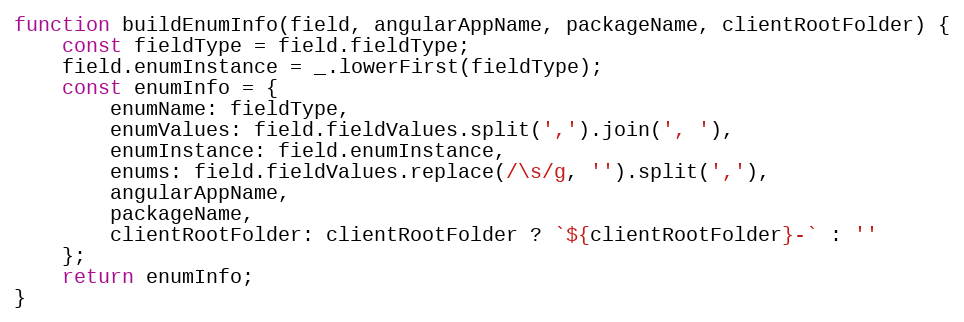
Language: JavaScript
function buildEnumInfo(field, angularAppName, packageName, clientRootFolder) {
    const fieldType = field.fieldType;
    field.enumInstance = _.lowerFirst(fieldType);
    const enumInfo = {
        enumName: fieldType,
        enumValues: field.fieldValues.split(',').join(', '),
        enumInstance: field.enumInstance,
        enums: field.fieldValues.replace(/\s/g, '').split(','),
        angularAppName,
        packageName,
        clientRootFolder: clientRootFolder ? `${clientRootFolder}-` : ''
    };
    return enumInfo;
}